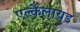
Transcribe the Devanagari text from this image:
एल्केलायड